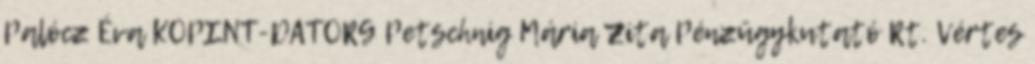
Palócz Éva KOPINT-DATORG Petschnig Mária Zita Pénzügykutató Rt. Vértes